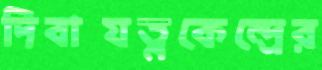
দিবাযত্নকেন্দ্রের